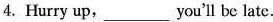
4. Hurry up, ___ you'll be late.